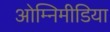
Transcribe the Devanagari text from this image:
ओम्‍निमीडिया